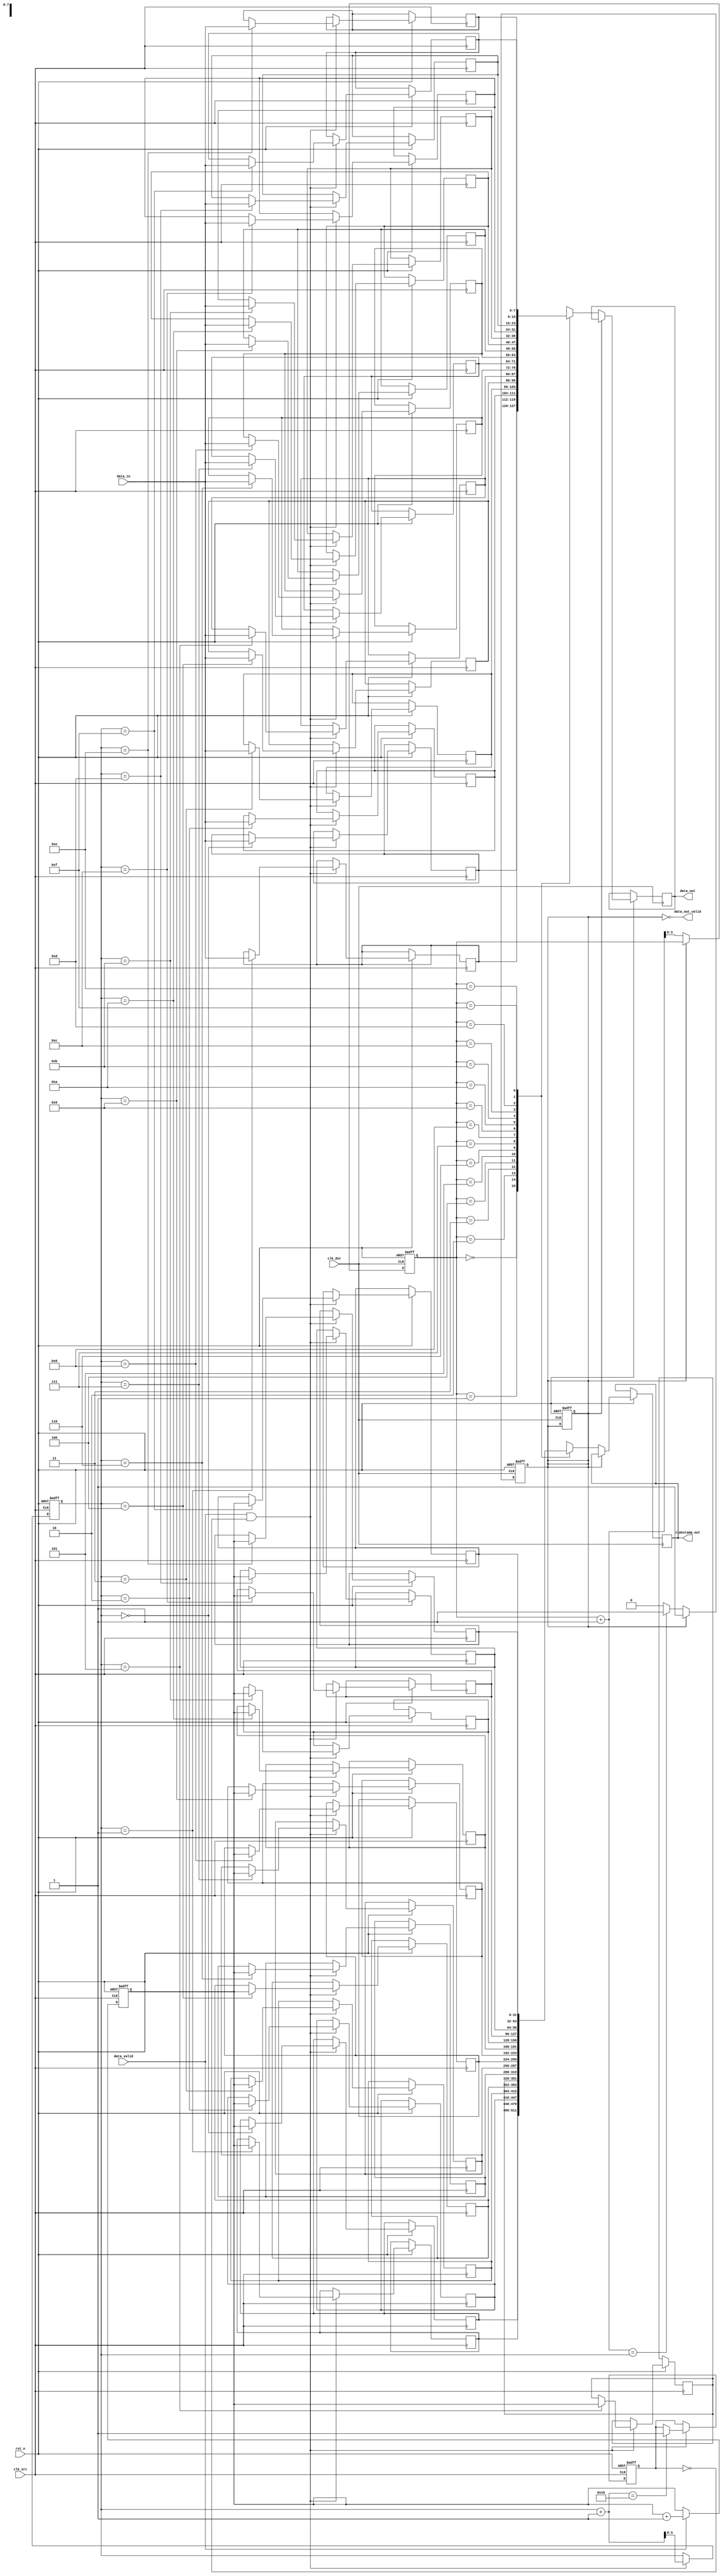
module MemoryBlocksTimeStampedSynchronizer #(
    parameter DATA_WIDTH = 8,
    parameter TIMESTAMP_WIDTH = 32,
    parameter FIFO_DEPTH = 16
)(
    input wire clk_src,                     // Source clock
    input wire clk_dst,                     // Destination clock
    input wire rst_n,                       // Active low reset
    input wire [DATA_WIDTH-1:0] data_in,   // Data input from source domain
    input wire data_valid,                  // Indicates valid data
    output wire [DATA_WIDTH-1:0] data_out, // Synchronized data output
    output wire [TIMESTAMP_WIDTH-1:0] timestamp_out, // Synchronized timestamp output
    output wire data_out_valid              // Indicates valid output data
);

// Timestamp generation
reg [TIMESTAMP_WIDTH-1:0] timestamp;
always @(posedge clk_src or negedge rst_n) begin
    if (!rst_n) begin
        timestamp <= 0;
    end else if (data_valid) begin
        timestamp <= timestamp + 1; // Increment timestamp
    end
end

// Dual-port FIFO for data and timestamp storage
reg [DATA_WIDTH-1:0] fifo_data [0:FIFO_DEPTH-1];
reg [TIMESTAMP_WIDTH-1:0] fifo_timestamp [0:FIFO_DEPTH-1];
reg [3:0] write_ptr, read_ptr;
reg fifo_full, fifo_empty;

// FIFO Write Logic
always @(posedge clk_src or negedge rst_n) begin
    if (!rst_n) begin
        write_ptr <= 0;
        fifo_full <= 0;
    end else if (data_valid && !fifo_full) begin
        fifo_data[write_ptr] <= data_in;
        fifo_timestamp[write_ptr] <= timestamp;
        write_ptr <= write_ptr + 1;
        if (write_ptr + 1 == FIFO_DEPTH) begin
            fifo_full <= 1;
        end
    end
end

// FIFO Read Logic
always @(posedge clk_dst or negedge rst_n) begin
    if (!rst_n) begin
        read_ptr <= 0;
        fifo_empty <= 1;
    end else if (!fifo_empty) begin
        data_out <= fifo_data[read_ptr];
        timestamp_out <= fifo_timestamp[read_ptr];
        read_ptr <= read_ptr + 1;
        if (read_ptr + 1 == write_ptr) begin
            fifo_empty <= 1;
        end
    end
end

assign data_out_valid = !fifo_empty;

// Synchronization logic
always @(posedge clk_dst or negedge rst_n) begin
    if (!rst_n) begin
        fifo_empty <= 1;
    end else begin
        // Handshake or other CDC mechanisms can be added here if necessary
        // For example, we can implement a simple FIFO empty/full mechanism
    end
end

endmodule